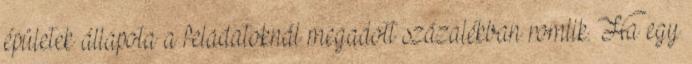
épületek állapota a feladatoknál megadott százalékban romlik. Ha egy